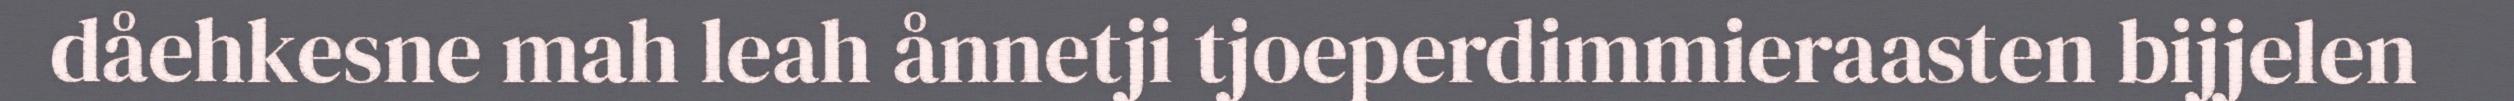
dåehkesne mah leah ånnetji tjoeperdimmieraasten bijjelen